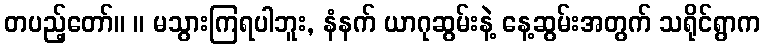
တပည့်တော်။ ။ မသွားကြရပါဘူး, နံနက် ယာဂုဆွမ်းနဲ့ နေ့ဆွမ်းအတွက် သရိုင်ရွာက